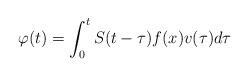
LaTeX: \begin{align*} \varphi(t)=\int_{0}^{t}S(t-\tau)f(x)v(\tau)d\tau \end{align*}